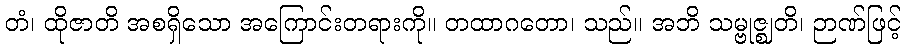
တံ၊ ထိုဇာတိ အစရှိသော အကြောင်းတရားကို။ တထာဂတော၊ သည်။ အဘိ သမ္ဗုဇ္ဈတိ၊ ဉာဏ်ဖြင့်